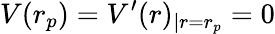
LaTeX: V(r_{p})=V^{\prime}(r)_{|r=r_{p}}=0